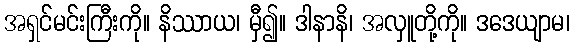
အရှင်မင်းကြီးကို။ နိဿာယ၊ မှီ၍။ ဒါနာနိ၊ အလှူတို့ကို။ ဒဒေယျာမ၊